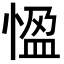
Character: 𭝳